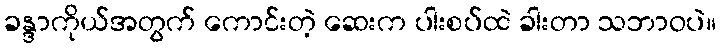
ခန္ဒာကိုယ်အတွက် ကောင်းတဲ့ ဆေးက ပါးစပ်ထဲ ခါးတာ သဘာဝပဲ။